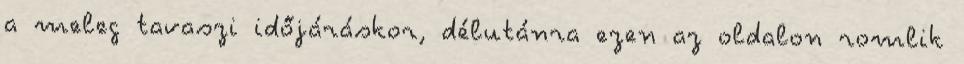
a meleg tavaszi időjáráskor, délutánra ezen az oldalon romlik